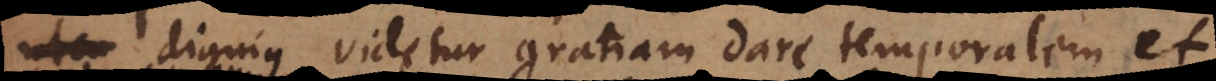
utcu dignius videtur gratiam dare temporalem et